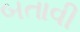
બતાવી